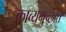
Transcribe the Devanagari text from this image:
काव्यगुच्छात